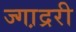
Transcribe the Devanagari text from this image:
ज्गा़द्ररी